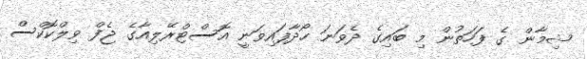
ޝިމާން ގެ ފަހަތުން މި ބައިގެ ދެވަނަ ހޯދާފައިވަނީ އޮސްޓްރޭލިއާގެ ޖެފް ވިލްކޮކްސް